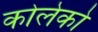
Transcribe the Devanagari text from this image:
कोलेको